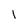
Character: l